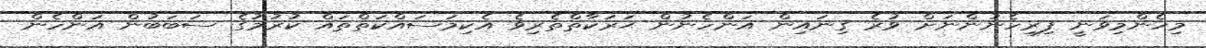
މިހެންމިވަނީ ފިރިހެނުންނަށް ވުރެ ގިނައިން އަންހެނުން ޙަރަކާތްތެރިވެ އެކިމަސައްކަތްތައް ކުރުމުގެ ސަބަބުން އަންހެން